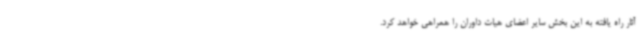
آثار راه یافته به این بخش سایر اعضای هیات داوران را همراهی خواهد کرد.